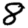
Digit: 8